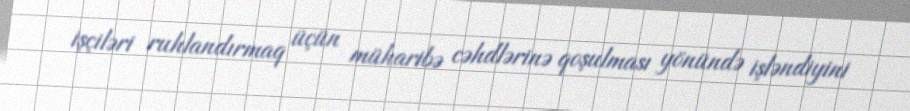
işçiləri ruhlandırmaq üçün müharibə cəhdlərinə qoşulması yönündə işləndiyini